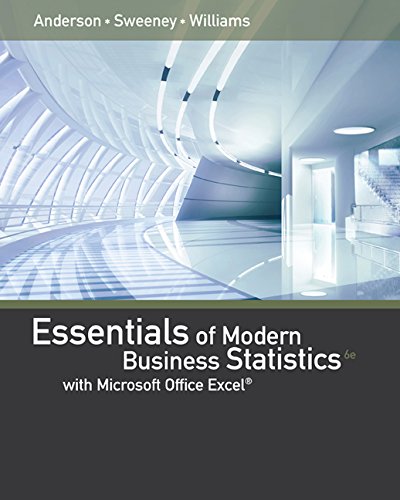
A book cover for Essentials of Modern Business Statistics with Microsoft Excel; David R. Anderson; Science & Math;